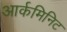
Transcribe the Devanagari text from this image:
आर्कमिनिट